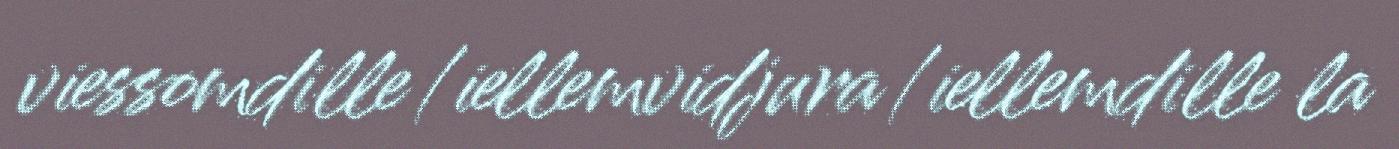
viessomdille/iellemvidjura/iellemdille la